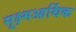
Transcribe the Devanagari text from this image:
सूक्ष्मआर्थिक